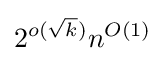
2^{o({\sqrt {k}})}n^{O(1)}